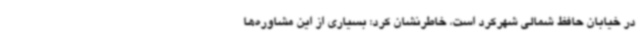
در خیابان حافظ شمالی شهرکرد است، خاطرنشان کرد: بسیاری از این مشاوره‌ها